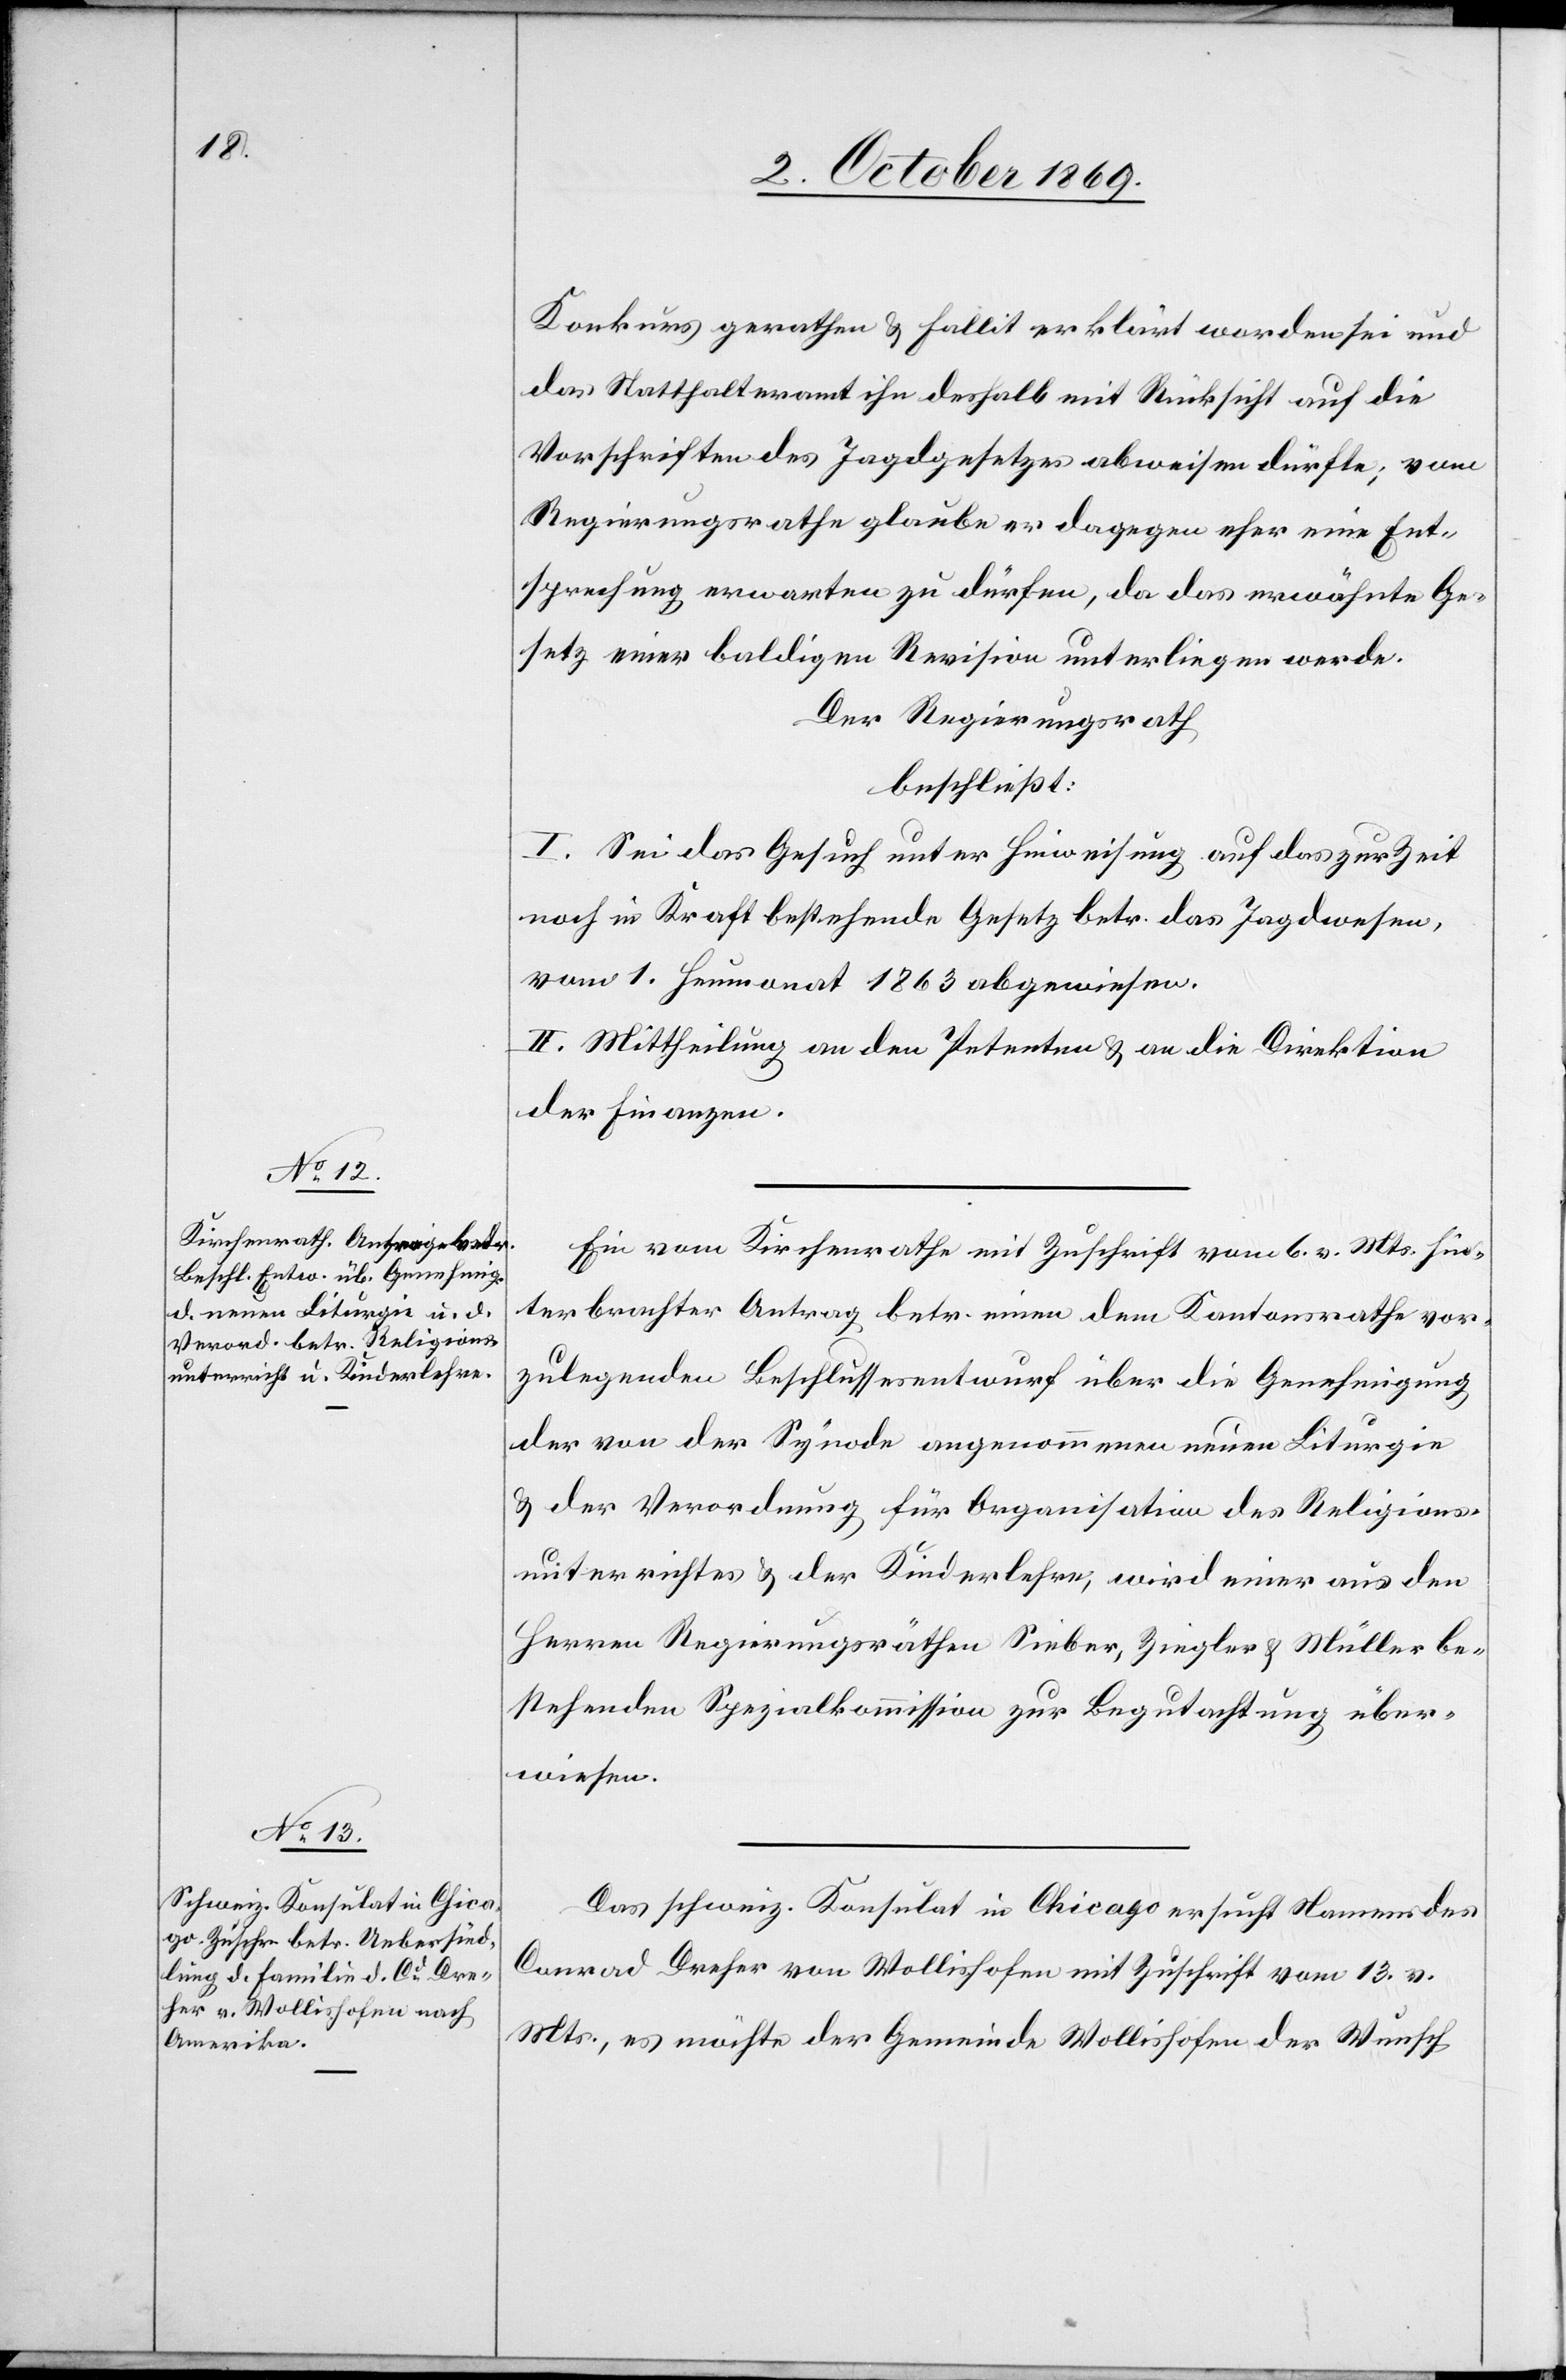
Konkurs gerathen & fallit erklärt worden sei und
das Statthalteramt ihn deshalb mit Rücksicht auf die
Vorschriften des Jagdgesetzes abweisen dürfte; vom
Regierungsrathe glaube er dagegen eher eine Ent¬
sprechung erwarten zu dürfen, da das erwähnte Ge¬
setz einer baldigen Revision unterliegen werde.
Der Regierungsrath
beschließt:
I. Sei das Gesuch unter Hinweisung auf das zur Zeit
noch in Kraft bestehende Gesetz betr. das Jagdwesen,
vom 1. Heumonat 1863 abgewiesen.
II. Mittheilung an den Petenten & an die Direktion
der Finanzen.
Ein vom Kirchenrathe mit Zuschrift vom 6. v. Mts. hin¬
terbrachter Antrag betr. einen dem Kantonsrathe vor¬
zulegenden Beschlussesentwurf über die Genehmigung
der von der Synode angenommenen neuen Liturgie
& der Verordnung für Organisation des Religions¬
unterrichtes & der Kinderlehre, wird einer aus den
Herren Regierungsräthen Sieber, Ziegler & Müller be¬
stehenden Spezialkommission zur Begutachtung über¬
wiesen.
Das schweiz. Konsulat in Chicago ersucht Namens des
Conrad Dreher von Wollishofen mit Zuschrift vom 13. v.
Mts., es möchte der Gemeinde Wollishofen der Wunsch